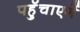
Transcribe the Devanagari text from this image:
पहुॅचाएगें